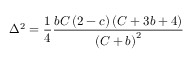
\Delta ^ { 2 } = \frac { 1 } { 4 } \frac { b C \left( 2 - c \right) \left( C + 3 b + 4 \right) } { \left( C + b \right) ^ { 2 } }